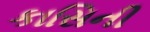
કાસિની